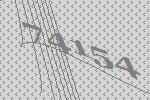
74154